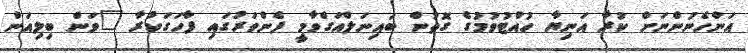
އަންހެނުންނަށް ކުރާ އަނިޔާ ހުއްޓުވުމުގެ ގޮތުން ބައިނަލްއަގްވާމީ ފެންވަރުގައި ފާހަގަކުރާ "ވަން ބިލިއަން